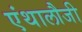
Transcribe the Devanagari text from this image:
एंथालौजी